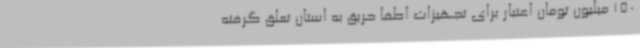
150 میلیون تومان اعتبار برای تجهیزات اطفا حریق به استان تعلق گرفته